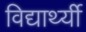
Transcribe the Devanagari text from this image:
विद्यार्थ्यी